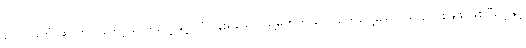
လေသင်္ဘောဆိုတာကတော့ ဓာတ်ငွေ့ဖြင့် ပျံသန်းရသော သို့မဟုတ် လေထက်ပေါ့သော ယာဉ်တစ်မျိုး ဖြစ်ပြီး ပဲ့နှင့်